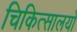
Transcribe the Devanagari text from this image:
चिकित्सालयो